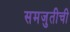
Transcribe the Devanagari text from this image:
समजुतीची